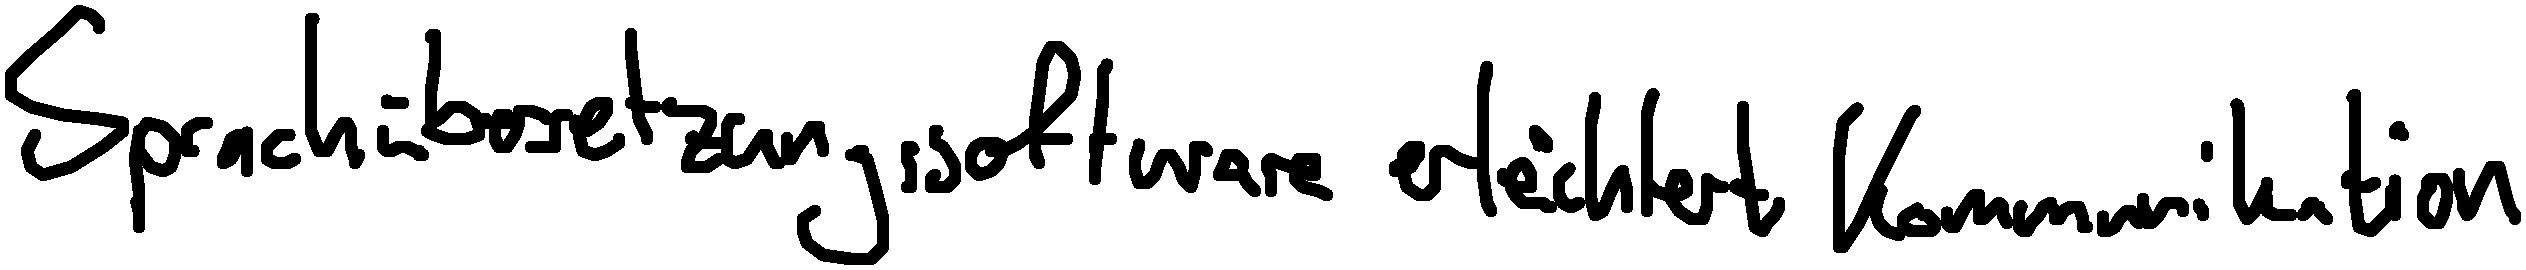
Sprachübersetzungssoftware erleichtert Kommunikation.